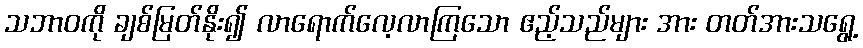
သဘာဝကို ချစ်မြတ်နိုး၍ လာရောက်လေ့လာကြသော ဧည့်သည်များ အား တတ်အားသရွေ့